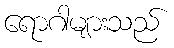
ရောဂါများသည်